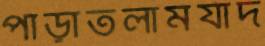
পাড়াতলামর্যাদ